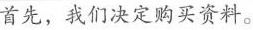
首先，我们决定购买资料。